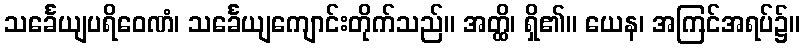
သင်္ခေယျပရိဝေဏံ၊ သင်္ခေယျကျောင်းတိုက်သည်။ အတ္ထိ၊ ရှိ၏။ ယေန၊ အကြင်အရပ်၌။